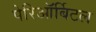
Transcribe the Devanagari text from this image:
पेरिऑर्बिटल